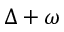
\Delta + \omega